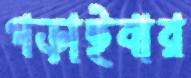
পড়াইবার